Civil Veterinary Department Bihar reports 1936-40 - 1936-1940
Year: 1936
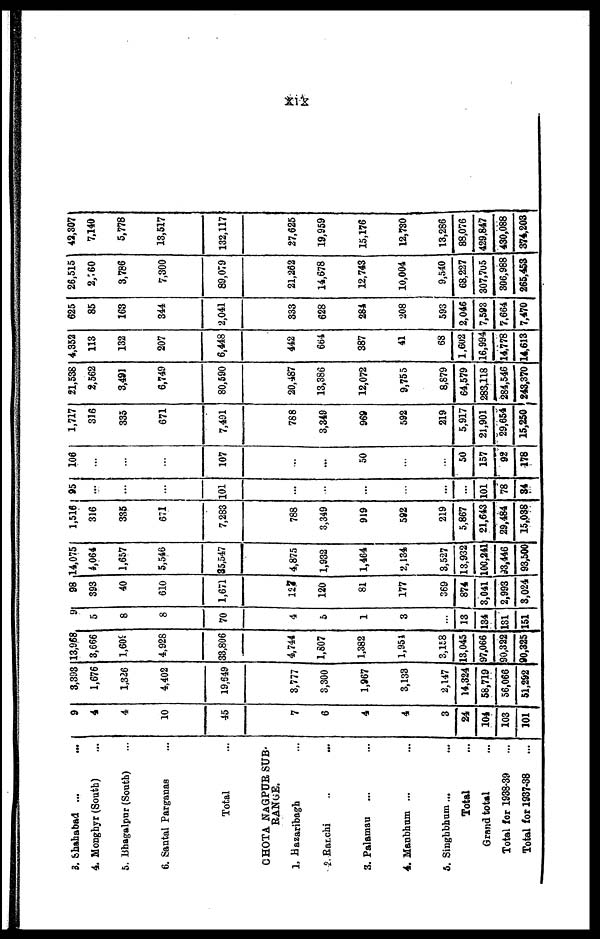
xix
3. Shahabad ... ...
4. Mongbyr (South) ...
5. Bhagalpur (South) ...
6. Santal Parganas ...
Total ...
CHOTA NAGPUR SUB-
RANGE.
1. Hazaribagh ...
2. Ranchi ... ...
3. Palamau ... ...
4. Manbhum ... ...
5. Singhbhum ... ...
Total ...
Grand total ...
Total for 1938-39 ...
Total for 1937-38 ...
9
4
4
10
45
7
6
4
4
3
24
104
103
101
3,393
1,676
1,326
4,402
19,649
3,777
3,300
1,967
3,133
2,147
14,324
58,719
56,066
51,292
13,968
3,666
1,609
4,928
33,806
4,744
1,807
1,382
1,954
3,158
13,045
97,066
90,322
90,325
9
5
8
8
70
4
5
1
3
...
13
134
131
151
98
393
40
610
1,671
127
120
81
177
369
874
3,041
2,993
8,024
14,075
4,064
1,657
5,546
35,547
4,875
1,932
1,464
2,134
3,527
13,932
100,241
93,446
93,500
1,516
316
335
671
7,283
788
3,349
919
592
219
5,867
21,643
29,484
15,038
95
...
...
...
101
...
...
...
...
...
...
101
78
84
106
...
...
...
107
...
...
50
...
...
50
157
92
178
1,717
316
335
671
7,491
788
3,349
969
592
219
5,917
21,901
29,654
15,250
21,538
2,562
3,491
6,749
80,590
20,487
13,386
12,072
9,755
8,879
64,579
283,118
284,546
243,370
4,352
113
132
207
6,448
442
664
387
41
68
1,602
16,994
14,778
14,613
625
85
163
344
2,041
333
628
284
208
593
2,046
7,593
7,664
7,470
26,515
2,160
3,786
7,300
89,079
21,262
14,678
12,743
10,004
9,540
68,227
307,705
306,988
265,453
42,307
7,140
5,778
13,517
132,117
27,625
19,959
15,176
12,730
13,286
88,076
429,847
430,088
374,203